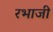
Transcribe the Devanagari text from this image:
रभाजी